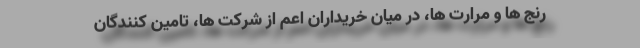
رنج ها و مرارت ها، در میان خریداران اعم از شرکت ها، تامین کنندگان